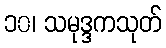
၁၀၊ သမုဒ္ဒကသုတ်